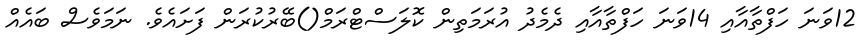
12ވަނަ ހަފްތާއާއި 14ވަނަ ހަފްތާއާއި ދެމެދު އުރަމަތިން ކޮލަސްޓްރަމް()ބޭރުކުރަން ފަށައެވެ. ނަމަވެސް ބައެއް